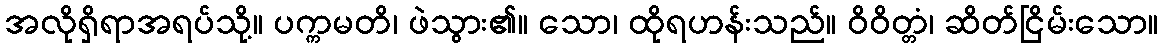
အလိုရှိရာအရပ်သို့။ ပက္ကမတိ၊ ဖဲသွား၏။ သော၊ ထိုရဟန်းသည်။ ဝိဝိတ္တံ၊ ဆိတ်ငြိမ်းသော။